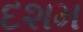
દશમ